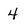
Character: 4